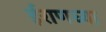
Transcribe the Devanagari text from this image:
ईराणच्या